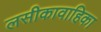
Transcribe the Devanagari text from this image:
लसीकावाहिका